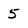
Character: 5